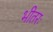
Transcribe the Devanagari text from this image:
भीतरः